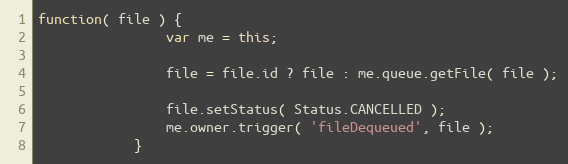
Language: JavaScript
function( file ) {
                var me = this;

                file = file.id ? file : me.queue.getFile( file );

                file.setStatus( Status.CANCELLED );
                me.owner.trigger( 'fileDequeued', file );
            }